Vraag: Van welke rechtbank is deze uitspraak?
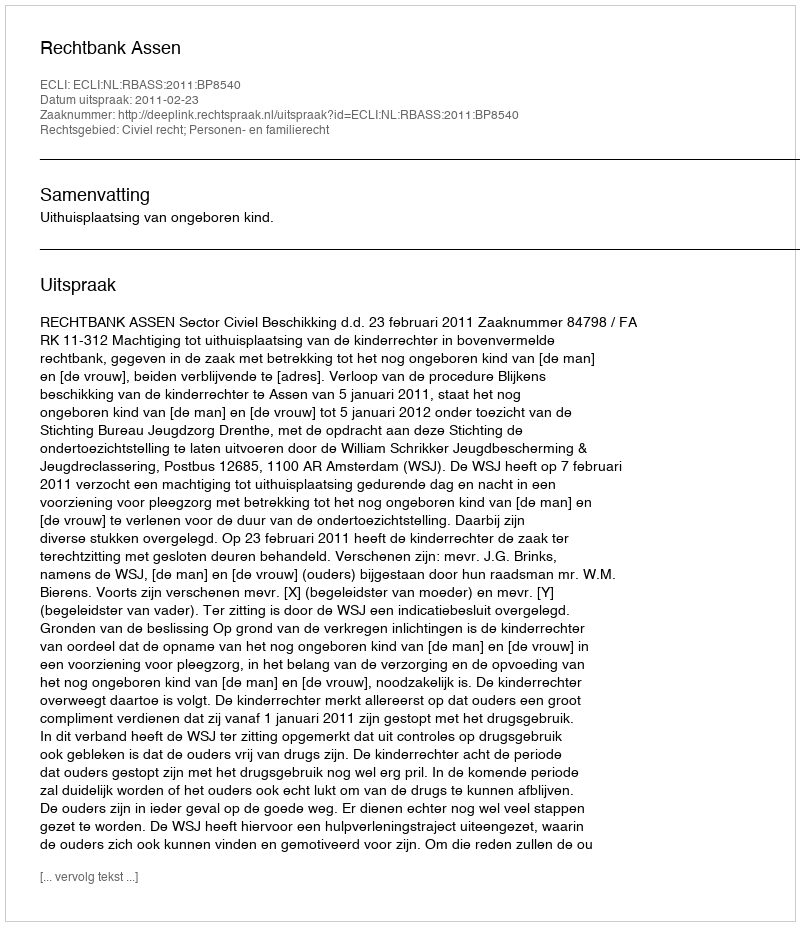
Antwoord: Rechtbank Assen